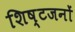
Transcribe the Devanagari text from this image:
शिष्टजनों